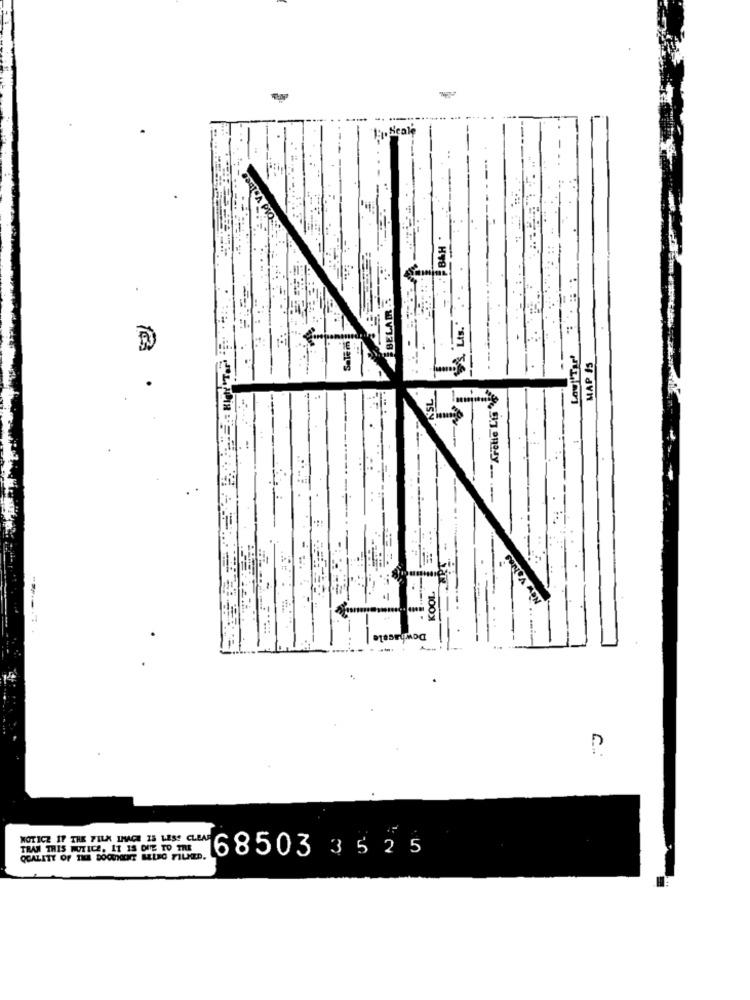
1: Scale
S. Lts."
Salem
Lowl'Tar
MAP IS
Dow
NOTICE IF THE FILM IMAGE IS LESS CLEAR
TRAM THIS NOTICE, 11 15 DIE TO THE
168503 3525
QUALITY OF THE DOCUMENT MELEG FILMED.